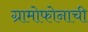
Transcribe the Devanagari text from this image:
ग्रामोफोनाची